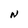
Character: N